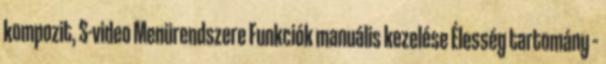
kompozit, S-video Menürendszere Funkciók manuális kezelése Élesség tartomány –